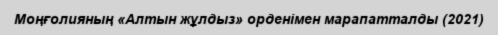
Моңғолияның «Алтын жұлдыз» орденімен марапатталды (2021)